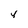
Character: v